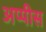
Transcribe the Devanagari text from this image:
अप्पीस